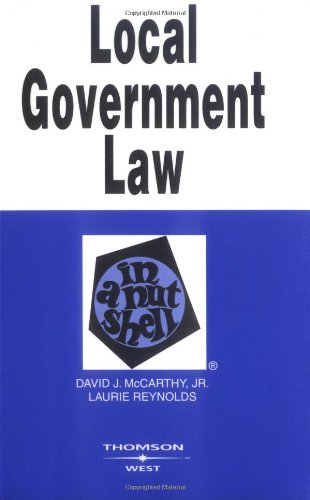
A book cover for Local Government Law in a Nutshell; David McCarthy Jr; Law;